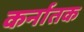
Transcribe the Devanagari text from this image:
कर्नातक